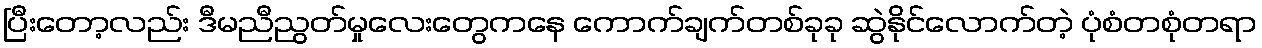
ပြီးတော့လည်း ဒီမညီညွတ်မှုလေးတွေကနေ ကောက်ချက်တစ်ခုခု ဆွဲနိုင်လောက်တဲ့ ပုံစံတစုံတရာ